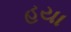
હયા